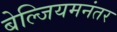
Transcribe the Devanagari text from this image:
बेल्जियमनंतर